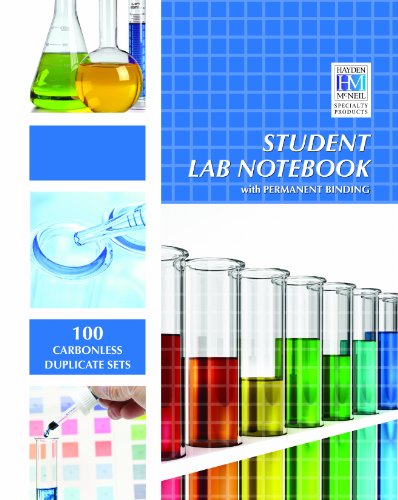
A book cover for Student Lab Notebook: 100 Top Bound Carbonless Duplicate Sets; Hayden-McNeil; Science & Math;